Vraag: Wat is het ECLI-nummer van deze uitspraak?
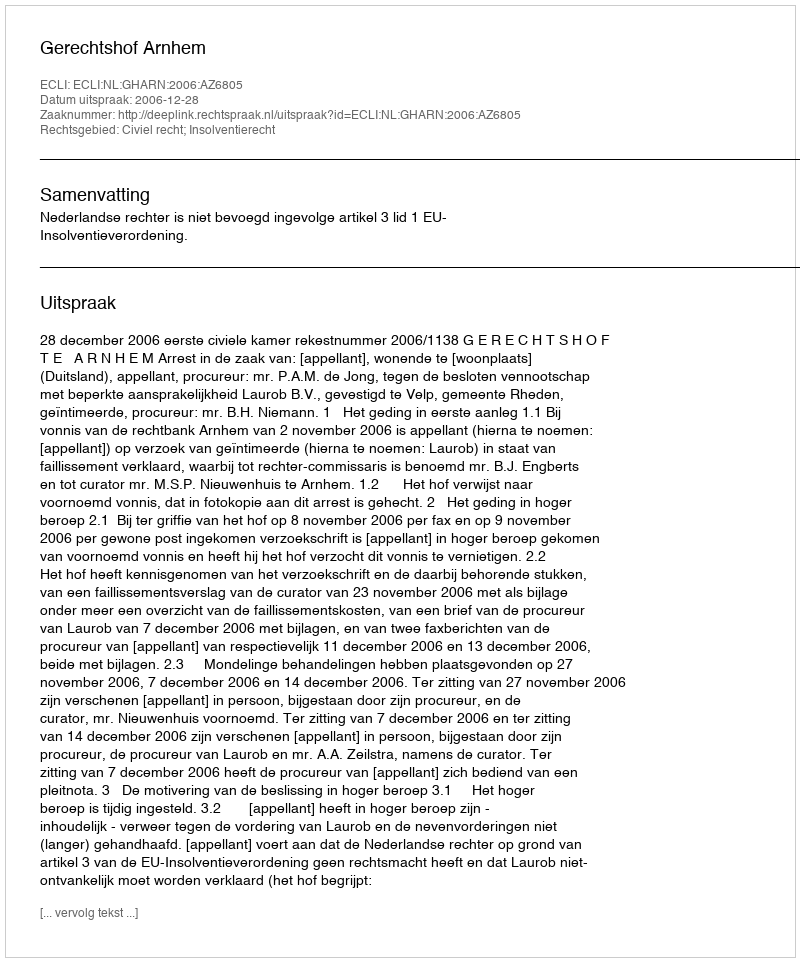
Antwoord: ECLI:NL:GHARN:2006:AZ6805